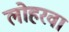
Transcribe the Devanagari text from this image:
लोहरवा